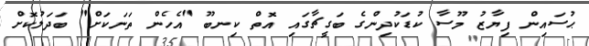
ޙުސައިން ފިޔާޒު މޫސާ ކުޑަކުދިންގެ ބަގީޗާގައި އޮތް ކިނބޫ "އެހެން ތަނަކަށް" ބަދަލުކޮށް